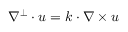
\nabla ^ { \perp } \cdot u = k \cdot \nabla \times u